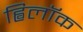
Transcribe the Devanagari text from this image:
ह्विलॉक